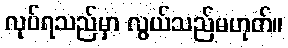
လုပ်ရသည်မှာ လွယ်သည်မဟုတ်။